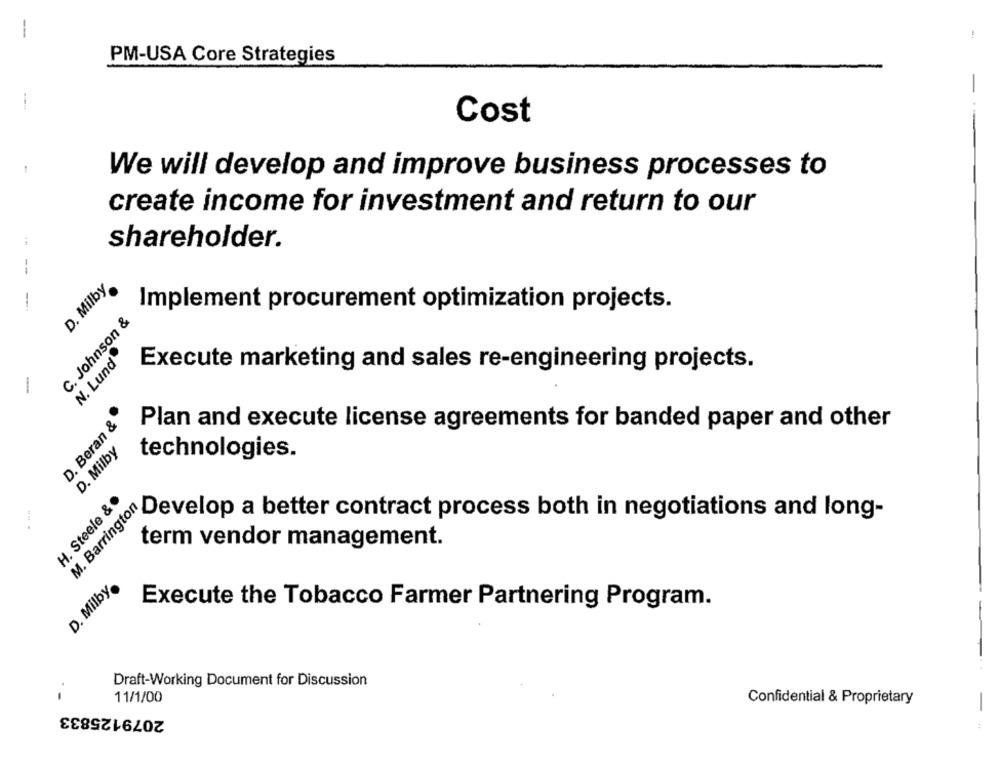
--
PM-USA Core Strategies
Cost
We will develop and improve business processes to
create income for investment and return to our
shareholder.
--
D. Milby
-
Implement procurement optimization projects.
C. Johnson &
N. Lund
Execute marketing and sales re-engineering projects.
-
D. Beran &
Plan and execute license agreements for banded paper and other
D. Milby
technologies.
H. Steele & ·
0
M. Barrington
ongcopd better contract process both in negotiations and long-
term vendor management.
-
D. Milby.
Execute the Tobacco Farmer Partnering Program.
Draft-Working Document for Discussion
-
11/1/00
Confidential & Proprietary
2079125833
: